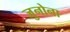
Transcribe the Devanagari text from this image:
जुनोना